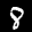
Label: 8